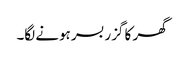
گھر کا گزر بسر ہونے لگا۔